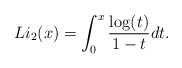
\begin{align*}Li_2(x)=\int_0^x \frac{\log(t)}{1-t}dt.\end{align*}